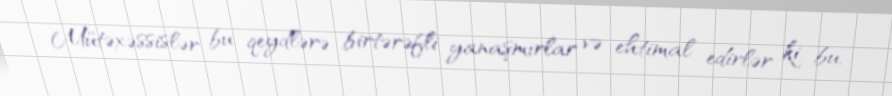
Mütəxəssislər bu qeydlərə birtərəfli yanaşmırlar və ehtimal edirlər ki, bu,